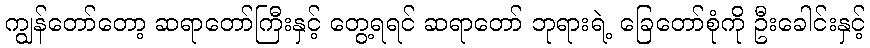
ကျွန်တော်တော့ ဆရာတော်ကြီးနှင့် တွေ့ရရင် ဆရာတော် ဘုရားရဲ့ ခြေတော်စုံကို ဦးခေါင်းနှင့်